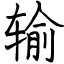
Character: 输